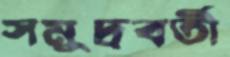
সমুদ্রবর্তী